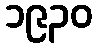
၁၉၃၀